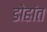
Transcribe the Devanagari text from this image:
डोहांत